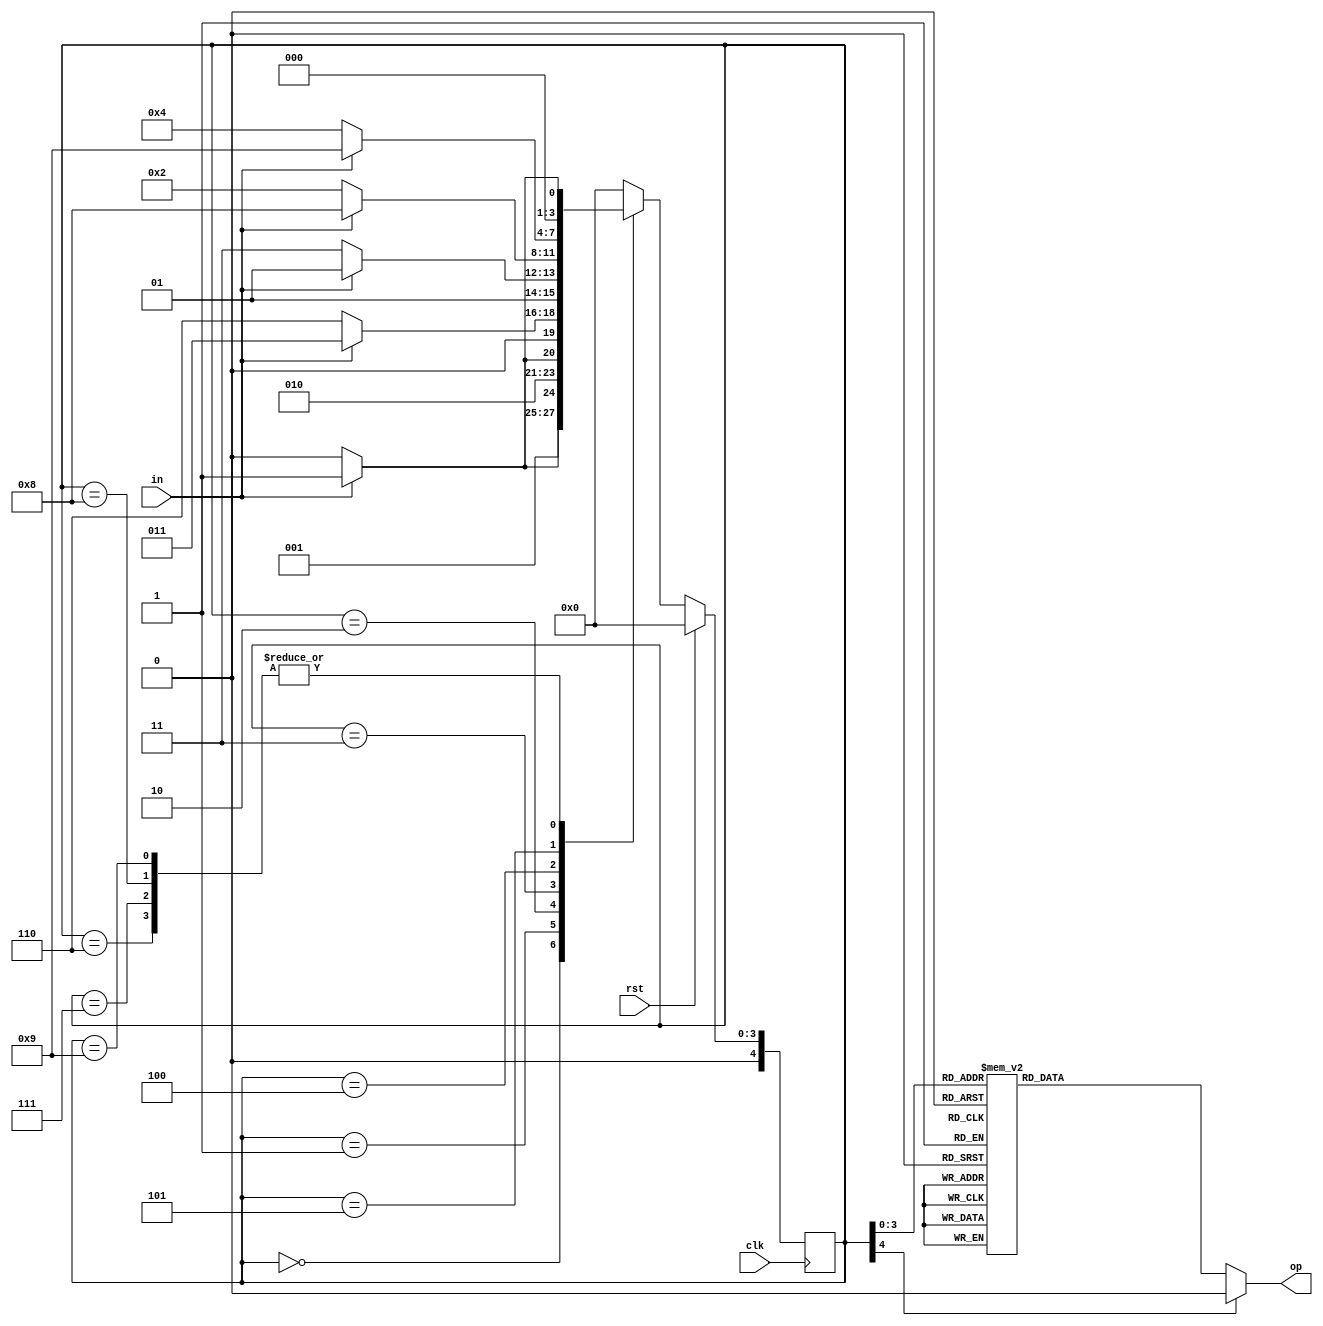
// Tanvi Shewale 2018A3PS0298P

//MOORE MACHINE

module palindrome_moore(clk, rst, in, op);
input clk, rst, in;
output op;
reg [4:0] current_state;
reg [4:0] next_state;
reg op;

always @(posedge clk)
begin
 if(rst == 1) 
 current_state <= 4'b0000;
 else
 current_state <= next_state; 
end

always @(current_state,in)
begin
	case(current_state) 
		4'b0000:begin
				if(in==1)
				next_state = 4'b0011;
				else
				next_state = 4'b0010;
				end
		4'b0001:begin
				if(in==1)
				next_state = 4'b0101;
				else
				next_state = 4'b0100;
				end	
		4'b0010:begin
				if(in==1)
				next_state = 4'b0011;
				else
				next_state = 4'b0110;
				end			
		4'b0011:begin
				if(in==1)
				next_state = 4'b0101;
				else
				next_state = 4'b0111;
				end
		4'b0100:begin
				if(in==1)
				next_state = 4'b1000;
				else
				next_state = 4'b0010;
				end	
		4'b0101:begin
				if(in==1)
				next_state = 4'b1001;
				else
				next_state = 4'b0100;
				end	
		4'b0110:begin
				if(in==1)
				next_state = 4'b0001;
				else
				next_state = 4'b0000;
				end	
		4'b0111:begin
				if(in==1)
				next_state = 4'b0001;
				else
				next_state = 4'b0000;
				end	
		4'b1000:begin
				if(in==1)
				next_state = 4'b0001;
				else
				next_state = 4'b0000;
				end	
		4'b1001:begin
				if(in==1)
				next_state = 4'b0001;
				else
				next_state = 4'b0000;
				end			
 default:next_state = 4'b0000;
 endcase
end

always @(current_state)
begin 
 case(current_state) 
 4'b0000:   op = 0;
 4'b0001:   op = 0;
 4'b0010:   op = 0;
 4'b0011:   op = 0;
 4'b0100:   op = 0;
 4'b0101:   op = 0;
 4'b0110:   op = 1;
 4'b0111:   op = 1;
 4'b1000:   op = 1;
 4'b1001:   op = 1;
 default:  op = 0;
 endcase
end 
endmodule


`timescale 1ns/1ns

module moore_tb();
reg clk, rst, in;
wire op;
integer i;

palindrome_moore uut (.clk(clk), .rst(rst), .in(in), .op(op));

initial begin
$dumpfile("moore.vcd");
$dumpvars(0,moore_tb);

clk = 1'b0;
rst = 1'b1;
#5 rst = 1'b0;

for (i = 0; i<=31; i = i + 1 )
begin 
in = $random %2;
#2 clk = 1;
#2 clk = 0; 
end
#200
$finish;
end

endmodule 

//MEALY MACHINE 
module palindrome_mealy(clk, rst, in, op);
input clk, rst, in;
output op;
reg [2:0] state;
reg op;

always @ (posedge clk)
	begin 
		if(rst) begin 
		state <= 3'b000;
		op <= 0;
		end
		
		else begin
		case (state)
		3'b000: begin 
				if (in)
				begin
				state <= 3'b010;
				op <= 0;
				end
				else 
				begin 
				state <= 3'b001;
				op <= 0;
				end
				end
		3'b001: begin
				if (in)
				begin 
				state <= 3'b100;
				op <= 0;
				end
				else 
				begin 
				state <= 3'b011;
				op <= 0;
				end
				end
		3'b010: begin
				if (in)
				begin 
				state <= 3'b110;
				op <= 0;
				end
				else 
				begin 
				state <= 3'b101;
				op <= 0;
				end
				end
        3'b011: begin
				if (in)
				begin 
				state <= 3'b100;
				op <= 0;
				end
				else 
				begin 
				state <= 3'b011;
				op <= 1;
				end
				end	
		3'b100: begin
				if (in)
				begin 
				state <= 3'b110;
				op <= 0;
				end
				else 
				begin 
				state <= 3'b101;
				op <= 1;
				end
				end
		3'b101: begin
				if (in)
				begin 
				state <= 3'b100;
				op <= 1;
				end
				else 
				begin 
				state <= 3'b011;
				op <= 0;
				end
				end
		3'b110: begin
				if (in)
				begin 
				state <= 3'b110;
				op <= 1;
				end
				else 
				begin 
				state <= 3'b101;
				op <= 0;
				end
				end		
		default: begin
				state <= 3'b000;
				op <= 0;
				end
		endcase
		end	
	end	
endmodule				

`timescale 1ns/1ns

module mealy_tb();
reg clk, rst, in;
wire op;
integer i;

palindrome_mealy uut (.clk(clk), .rst(rst), .in(in), .op(op));

initial begin
$dumpfile("mealy.vcd");
$dumpvars(0,mealy_tb);

clk = 1'b0;
rst = 1'b1;
#5 rst = 1'b0;

for (i = 0; i<=31; i = i + 1 )
begin 
in = $random %2;
#2 clk = 1;
#2 clk = 0; 
end
#200
$finish;
end

endmodule 

//MEMORY IMPLEMENTATION

module mem_64 (dout, din, adr, ren, wen, clk);

output reg [7:0]dout; 
input [7:0]din;
input [5:0]adr;
input ren, wen, clk;

reg [7:0] my_mem [0:63] ;

initial begin 
 $readmemb("dummy.dat", my_mem);
 end

always @ (ren, adr)
begin
if(!ren)
begin
dout <= my_mem[adr];
end
else 
dout <= 8'b0000000;
end

always @(negedge clk)
begin
if (wen)
my_mem[adr] <=din;
end

endmodule 

`timescale 1ns/1ns

module mem_tb();
wire [7:0]dout; 
reg [7:0]din;
reg [5:0]adr;
reg ren, wen, clk;
//$writememh ("dummy.dat", my_mem);
mem_64 uut(.dout(dout), .din(din), .adr(adr), .ren(ren), .wen(wen), .clk(clk));

integer i;

always  begin #1 clk = ~clk;
end

always begin 
for (i = 0; i<=63; i = i+ 1)
begin 
adr = i;
wen = 0;
ren = 1;
#2 
wen = 1;
ren = 0;
din[7] = dout[7];
din[6] = dout[7] ^ dout[6];
din[5] = dout[7] ^ dout[6] ^ dout[5];
din[4] = dout[7] ^ dout[6] ^ dout[5] ^ dout[4];
din[3] = dout[7] ^ dout[6] ^ dout[5] ^ dout[4] ^ dout[3];
din[2] = dout[7] ^ dout[6] ^ dout[5] ^ dout[4] ^ dout[3] ^ dout[2];
din[1] = dout[7] ^ dout[6] ^ dout[5] ^ dout[4] ^ dout[3] ^ dout[2] ^ dout[1];
din[0] = dout[7] ^ dout[6] ^ dout[5] ^ dout[4] ^ dout[3] ^ dout[2] ^ dout[1] ^ dout[0];
end
#100
$finish;
end
endmodule